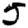
Digit: 5